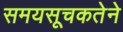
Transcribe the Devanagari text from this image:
समयसूचकतेने